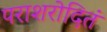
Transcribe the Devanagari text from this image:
पराशरोदितं